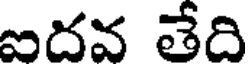
ఐదవ తేది